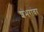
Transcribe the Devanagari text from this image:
शंभरांवर